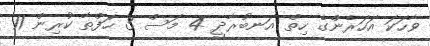
ވާހަކަ އަހަރެންގެ ހިތް އަނބުރާދީ 4 މަސް 3 ހަފްތާ ކުރިން 11